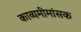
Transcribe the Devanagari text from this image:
काव्यमीमांसक